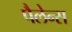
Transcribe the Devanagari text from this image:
पैलेन्स